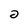
Character: 2